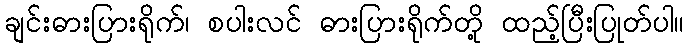
ချင်းဓားပြားရိုက်၊ စပါးလင် ဓားပြားရိုက်တို့ ထည့်ပြီးပြုတ်ပါ။